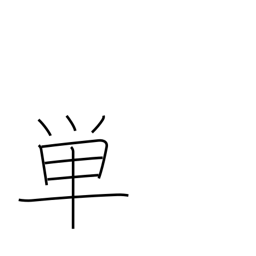
Meaning: merely